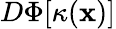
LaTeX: D\Phi[\kappa(\mathbf{x})]